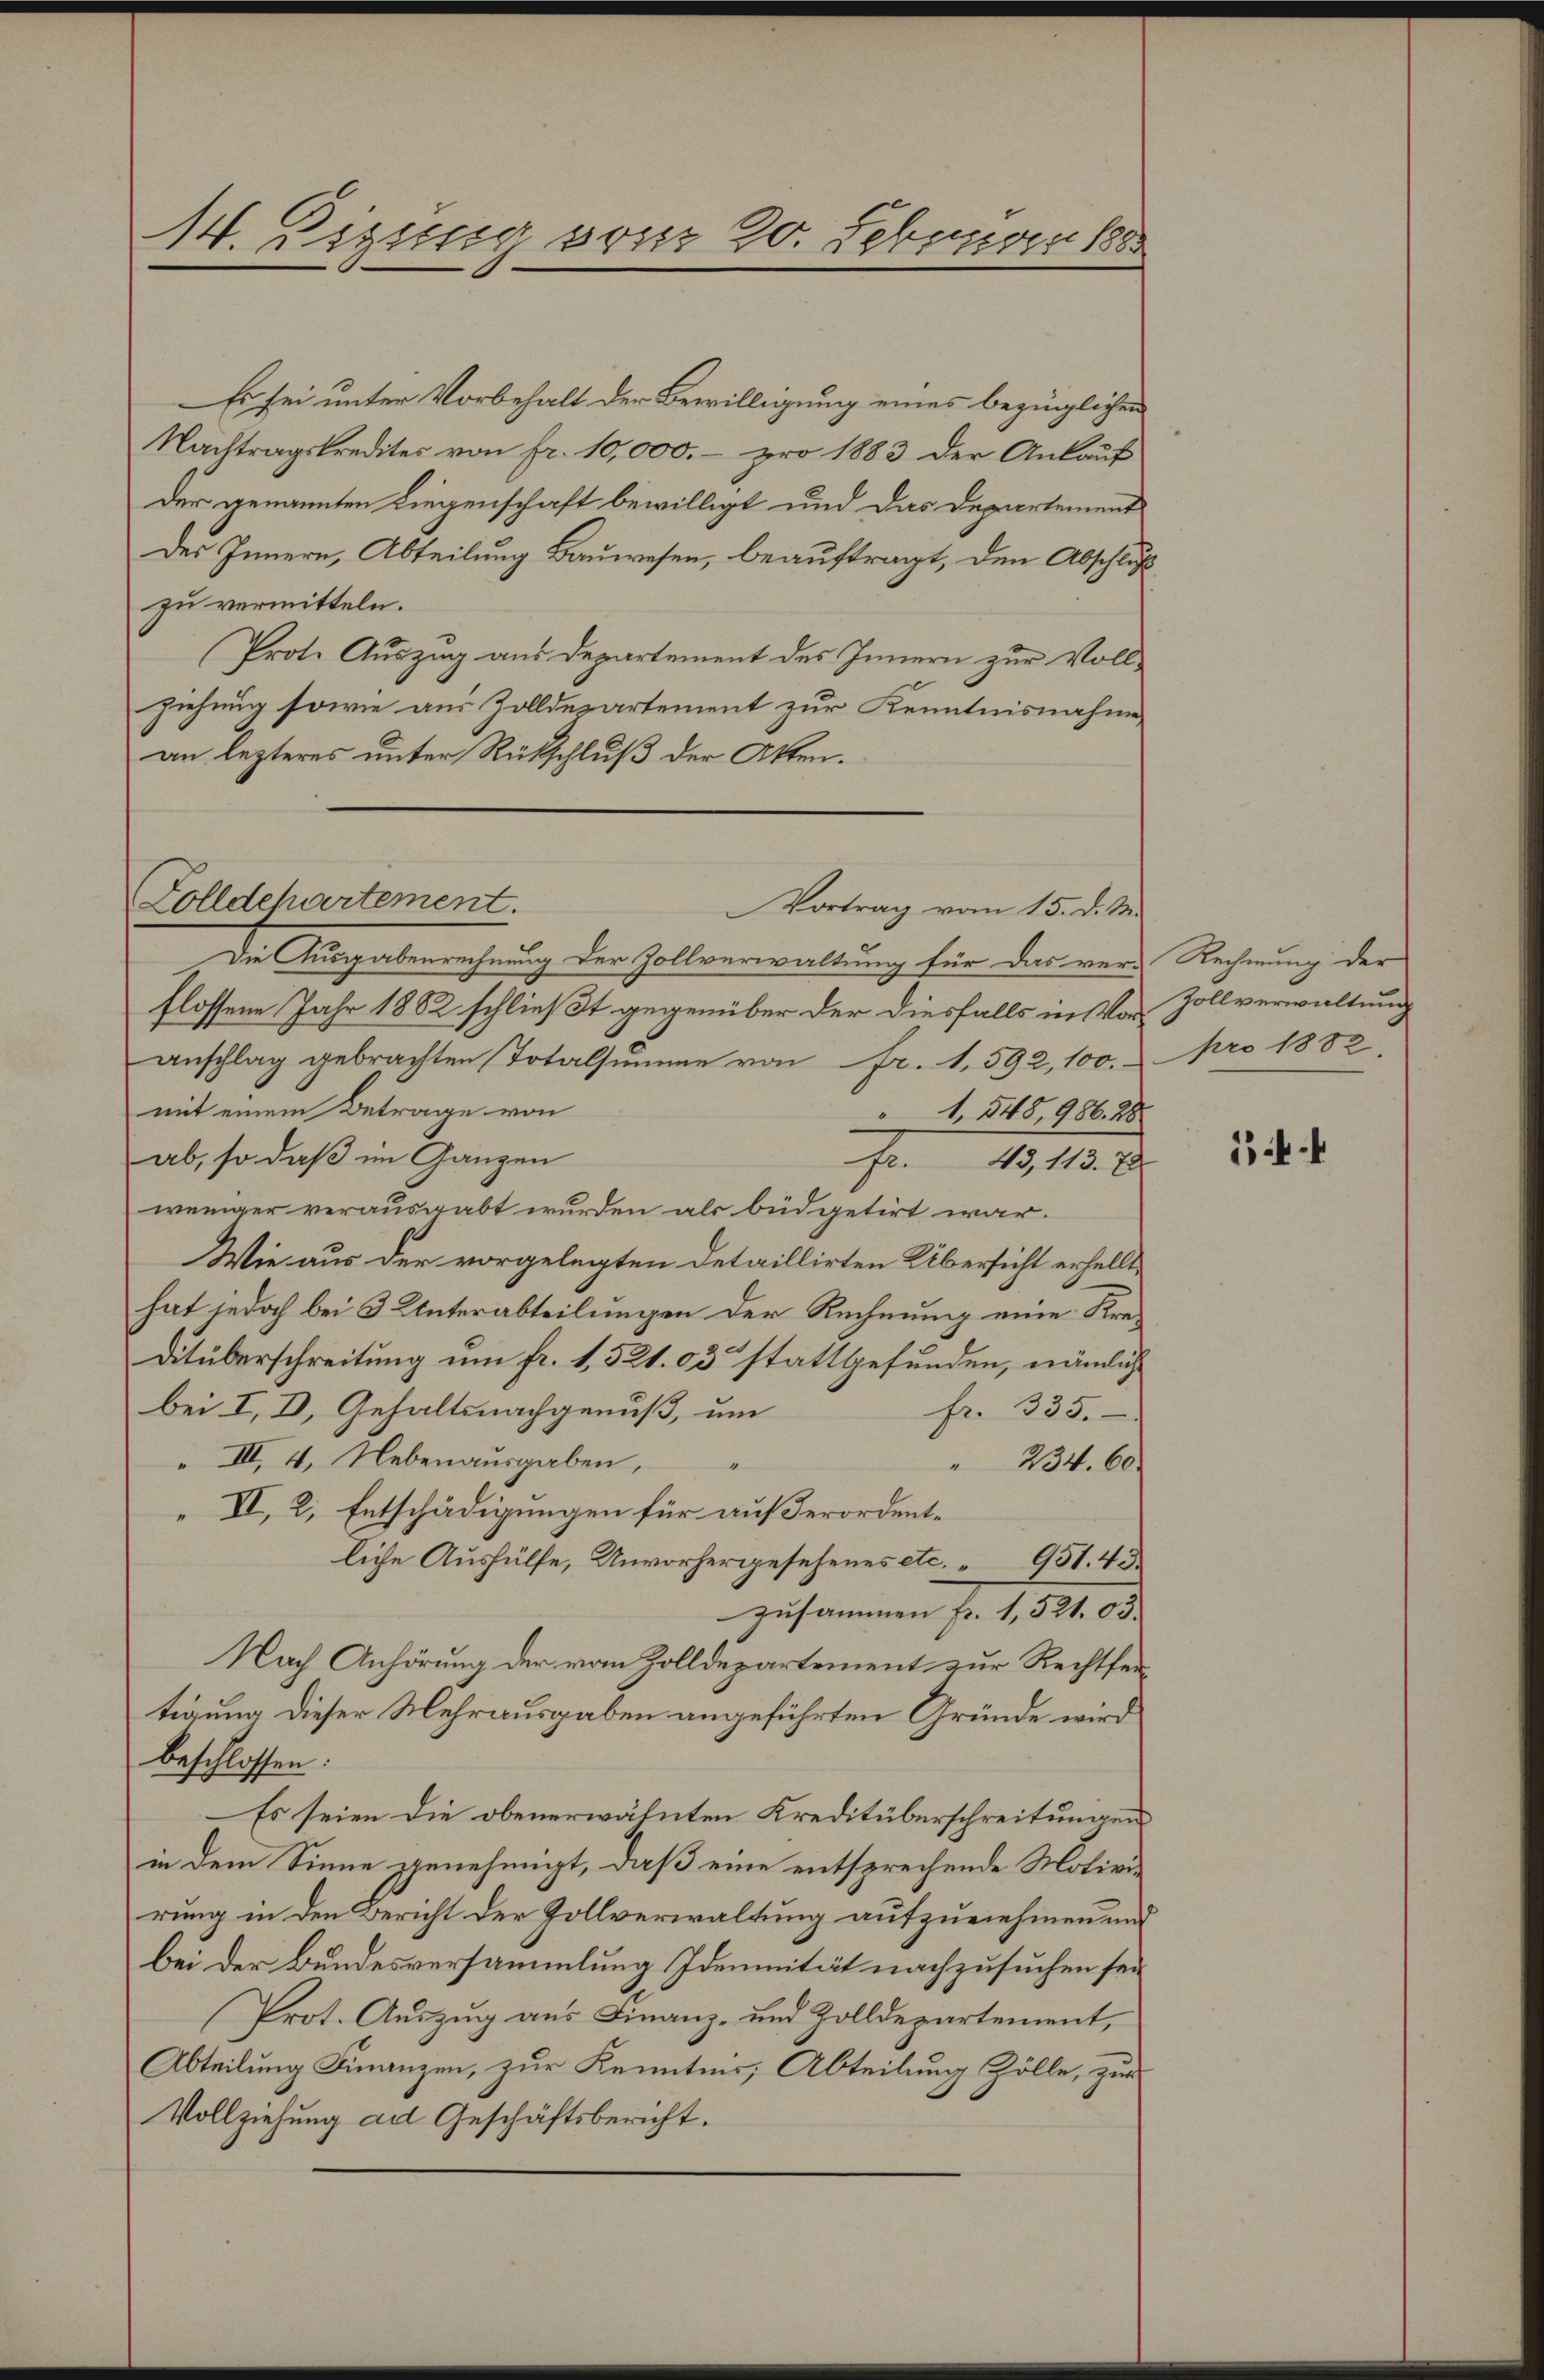
14. Digung von 20. Februar 1882

Es sei unter Vorbehalt der Bewilligung eines bezüglichen
Nachtragskredites von fr. 10,000.- pro 1883 der Ankauf
Der genannten Liegenschaft bewilligt und das Departement
des Innern, Abteilung Bauwesen, beauftragt, den Abschluß
zu vermitteln.
Prote Auszug aus Departement des Innern zur Vollziehung sowie aus Zolldepartement zur Kenntnisnahme
an lezteres unter Rückschluß der Akten.

Zolldepartement.
Vortrag vom 15. d. M.

Die Ausgabenrechnung der Zollverwaltung für das ver-Rechnung der
flossene Jahr 1882 schließt gegenüber der diesfalls in Voranschlag gebrachten Totalsumme von Fr. 1592, 100.
mit einem Betrage von
1,548, 986. 28
ab, so daß im Ganzen
fr. 45, 113. 7
weniger verausgabt wurden als büdgetirt war.
Wie aus der vorgelegten Detaillirten Übersicht erhellte
hat jedoch bei 3 Unterabteilungen der Rechnung eine Kre¬
Ditüberschreitung um fr. 1, 521. 03 stattgefunden, nämlich
bei I, D. Gehaltsnachgenuß, um
fr. 335.
" III, 4, Nebenausgaben,
 234. 60.
II, 2, Entschädigungen für außerordentliche Aushülfe, Unvorhergesehenes etc. 951. 43.
zusammen fr. 1, 521. 03.
Nach Anhörung der vom Zolldepartement zur Rechtfertigung dieser Mehrausgaben angeführten Gründe wird
beschlossen:
Es seien die obenerwähnten Kreditüberschreitungen
in dem Sinne genehmigt, daß eine entsprechende Motivirung in den Bericht der Zollverwaltung aufzunehmen und
bei der Bundesversammlung Idemnität nachzusuchen sei
Prot. Auszug aus Finanz- und Zolldepartement,
Abteilung Finanzen, zur Kenntnis, Abteilung Zölle, zur
Vollziehung ad Geschäftsbericht.

Zollverwaltung
pro 1882

k